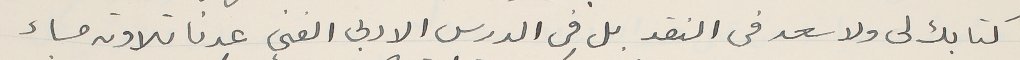
كتابك لى ولاسعد في النقد بل فى الدرس الادبى الفنى عدنا تلاوته مساء